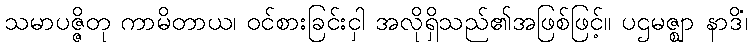
သမာပဇ္ဇိတု ကာမိတာယ၊ ဝင်စားခြင်းငှါ အလိုရှိသည်၏အဖြစ်ဖြင့်။ ပဌမဇ္ဈာ နာဒိံ၊